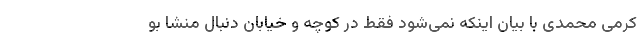
کرمی محمدی با بیان اینکه نمی‌شود فقط در کوچه و خیابان دنبال منشا بو